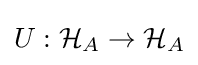
U:{\mathcal {H}}_{A}\to {\mathcal {H}}_{A}